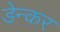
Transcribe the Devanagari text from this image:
डेन्कर